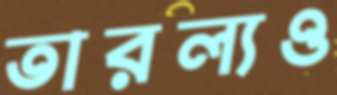
তারল্যও